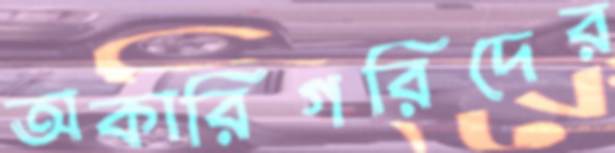
অকারিগরিদের